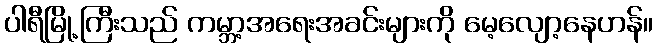
ပါရီမြို့ကြီးသည် ကမ္ဘာ့အရေးအခင်းများကို မေ့လျော့နေဟန်။